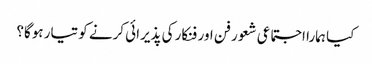
کیا ہمارا اجتماعی شعور فن اور فنکار کی پذیرائی کرنے کو تیار ہوگا؟